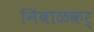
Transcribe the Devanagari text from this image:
निंबाळकर्